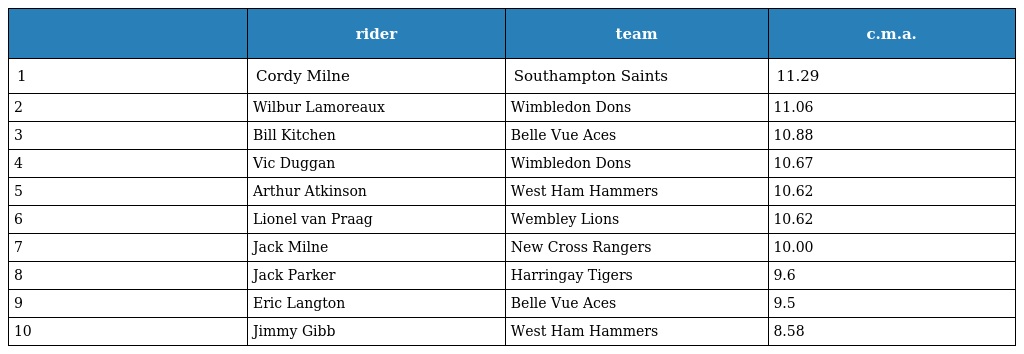
|  | rider | team | c.m.a. |
 | --- | --- | --- | --- |
 | 1 | Cordy Milne | Southampton Saints | 11.29 |
 | 2 | Wilbur Lamoreaux | Wimbledon Dons | 11.06 |
 | 3 | Bill Kitchen | Belle Vue Aces | 10.88 |
 | 4 | Vic Duggan | Wimbledon Dons | 10.67 |
 | 5 | Arthur Atkinson | West Ham Hammers | 10.62 |
 | 6 | Lionel van Praag | Wembley Lions | 10.62 |
 | 7 | Jack Milne | New Cross Rangers | 10.00 |
 | 8 | Jack Parker | Harringay Tigers | 9.6 |
 | 9 | Eric Langton | Belle Vue Aces | 9.5 |
 | 10 | Jimmy Gibb | West Ham Hammers | 8.58 |